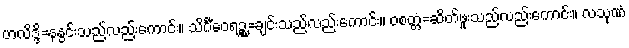
ဟလိဒ္ဒိ=နနွင်းသည်လည်းကောင်း။ သိင်္ဂီဝေရဉ္စ=ချင်းသည်လည်းကောင်း။ ဝစတ္တံ=ဆိတ်ဖူးသည်လည်းကောင်း။ လသုဏံ